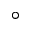
^ { \circ }